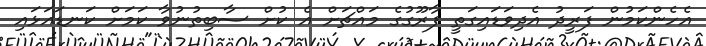
އެހެންކަމުން ފަރީދު އެދިވަޑައިގަތީ ފާރޫގުގެ މައްޗަށް އެ ކުށް ސާބިތުނުވާ ކަމަށް ކަނޑައަޅައި